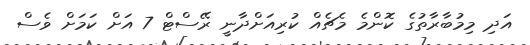
އަދި މިމުބާރާތުގެ ކޮންމެ މެޗެއް ކުރިއަށްދާނީ ރޭސްޓް 7 އަށް ކަމަށް ވެސް